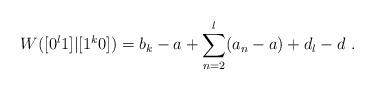
LaTeX: \begin{align*}W([0^l 1]|[1^k0]) = b_k - a + \sum_{n=2}^l (a_n - a) + d_l - d \ .\end{align*}